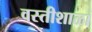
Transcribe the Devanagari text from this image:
वस्तीशाळा